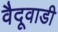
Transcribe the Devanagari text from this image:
वैदूवाडी